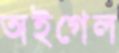
অইগেল